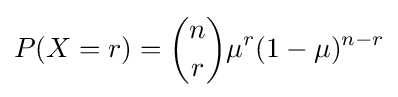
P(X=r)={n \choose r}\mu ^{r}(1-\mu )^{n-r}